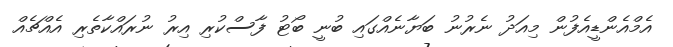
އެމްއެންޑީއެފުން މިއަދު ނެރުނު ބަޔާނެއްގައި ބުނީ ބޯޓު ފާސްކުރި އިރު ނުރައްކާތެރި އެއްޗެއް